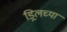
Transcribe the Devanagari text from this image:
ड्रिलच्या